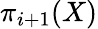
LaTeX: \pi_{i+1}(X)